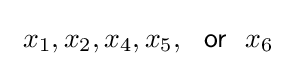
\ x_{1},x_{2},x_{4},x_{5},~~{\mathsf {or}}~~x_{6}\